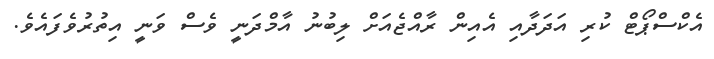
އެކްސްޕޯޓް ކުރި އަދަދާއި އެއިން ރާއްޖެއަށް ލިބުނު އާމްދަނީ ވެސް ވަނީ އިތުރުވެފައެވެ.